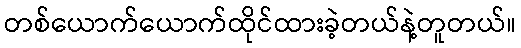
တစ်ယောက်ယောက်ထိုင်ထားခဲ့တယ်နဲ့တူတယ်။